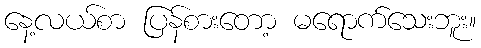
နေ့လယ်စာ ပြန်စားတော့ မရောက်သေးဘူး။